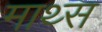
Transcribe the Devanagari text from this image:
माथ्स